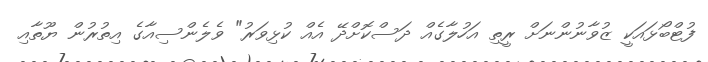
ފުޓްބޯޅައަކީ ޒުވާނުންނަށް ރީތި އަހުލާގެއް ދަސްކޮށްދޭ އެއް ކުޅިވަރު" ވެލެންސިއާގެ އިތުރުން ޔޫތާއި